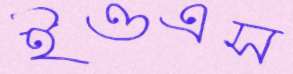
ইওএস